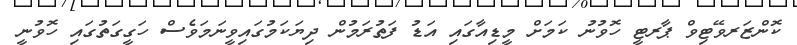
ކޮންޒަރވޭޓިވް ޕާރޓީ ހޮވުނު ކަމަށް މީޑިއާގައި އަޑު ފަތުރަމުން ދިޔަކަމުގައިވީނަމަވެސް ހަގީގަތުގައި ހޮވުނީ